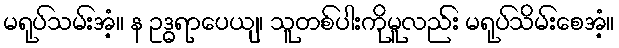
မရုပ်သမ်းအံ့။ န ဥဒ္ဓရာပေယျ၊ သူတစ်ပါးကိုမူလည်း မရုပ်သိမ်းစေအံ့။